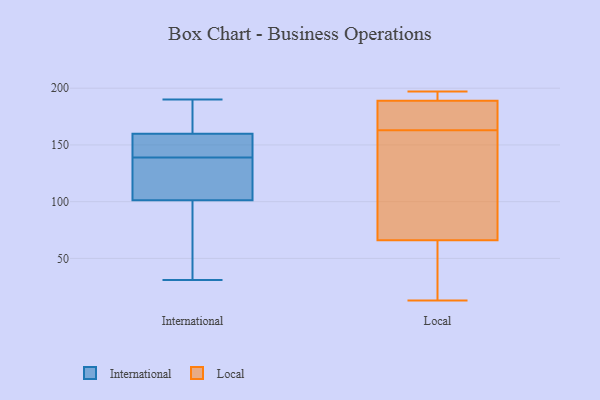
{"axis": {"x": "Latency (ms)", "y": "Value"}, "legend": ["International", "Local"], "data": [{"x": "", "y": 190, "type": "International"}, {"x": "", "y": 146, "type": "International"}, {"x": "", "y": 31, "type": "International"}, {"x": "", "y": 115, "type": "International"}, {"x": "", "y": 165, "type": "International"}, {"x": "", "y": 150, "type": "International"}, {"x": "", "y": 102, "type": "International"}, {"x": "", "y": 101, "type": "International"}, {"x": "", "y": 143, "type": "International"}, {"x": "", "y": 139, "type": "International"}, {"x": "", "y": 163, "type": "International"}, {"x": "", "y": 103, "type": "International"}, {"x": "", "y": 37, "type": "International"}, {"x": "", "y": 187, "type": "International"}, {"x": "", "y": 38, "type": "International"}, {"x": "", "y": 13, "type": "Local"}, {"x": "", "y": 182, "type": "Local"}, {"x": "", "y": 196, "type": "Local"}, {"x": "", "y": 49, "type": "Local"}, {"x": "", "y": 164, "type": "Local"}, {"x": "", "y": 66, "type": "Local"}, {"x": "", "y": 162, "type": "Local"}, {"x": "", "y": 113, "type": "Local"}, {"x": "", "y": 197, "type": "Local"}, {"x": "", "y": 189, "type": "Local"}]}